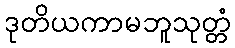
ဒုတိယကာမဘူသုတ္တံ